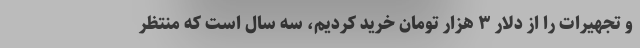
و تجهیرات را از دلار ۳ هزار تومان خرید کردیم، سه سال است که منتظر